Civil Veterinary Dept. North-West Frontier Province 1923-32 - 1923-1932
Year: 1923
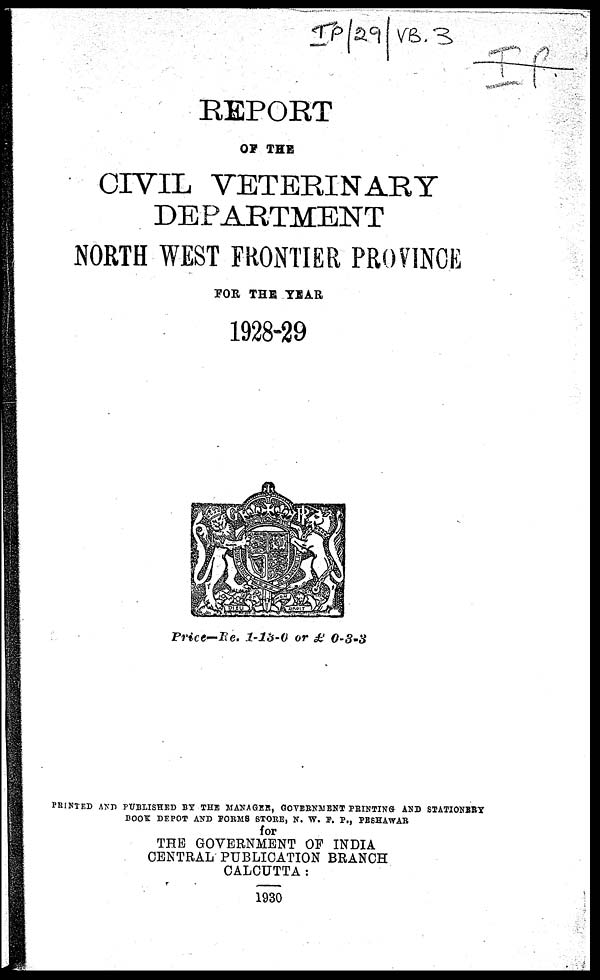
REPORT
OF THE
CIVIL VETERINARY
DEPARTMENT
NORTH WEST FRONTIER PROVINCE
FOR THE YEAR
1928-29
Price—Re. 1-13-0 or £ 0-3-3
PRINTED AND PUBLISHED BY THE MANAGER, GOVERNMENT PRINTING AND STATIONERY
BOOK DEPOT AND FORMS STORE, N. W. F. P., PESHAWAR
for
THE GOVERNMENT OF INDIA
CENTRAL PUBLICATION BRANCH
CALCUTTA :
1930